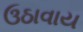
ઉઠાવાય